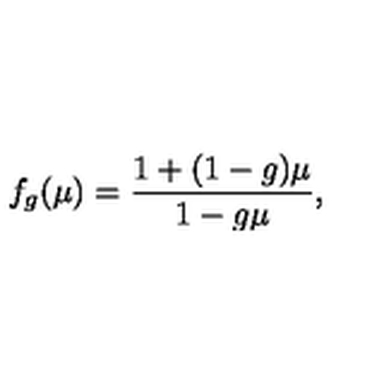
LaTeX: f _ { g } ( \mu ) = \frac { 1 + ( 1 - g ) \mu } { 1 - g \mu } ,